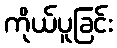
ကိုယ်ပူခြင်း